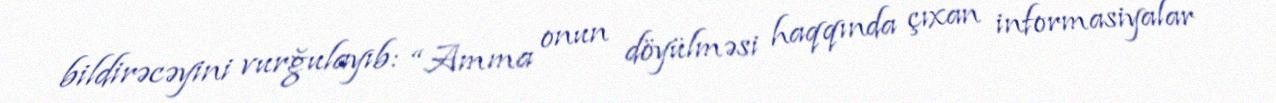
bildirəcəyini vurğulayıb: “Amma onun döyülməsi haqqında çıxan informasiyalar